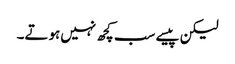
لیکن پیسے سب کچھ نہیں‌ہوتے۔